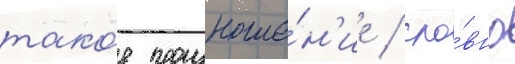
тако́е произноше́н'ие / сло́вно